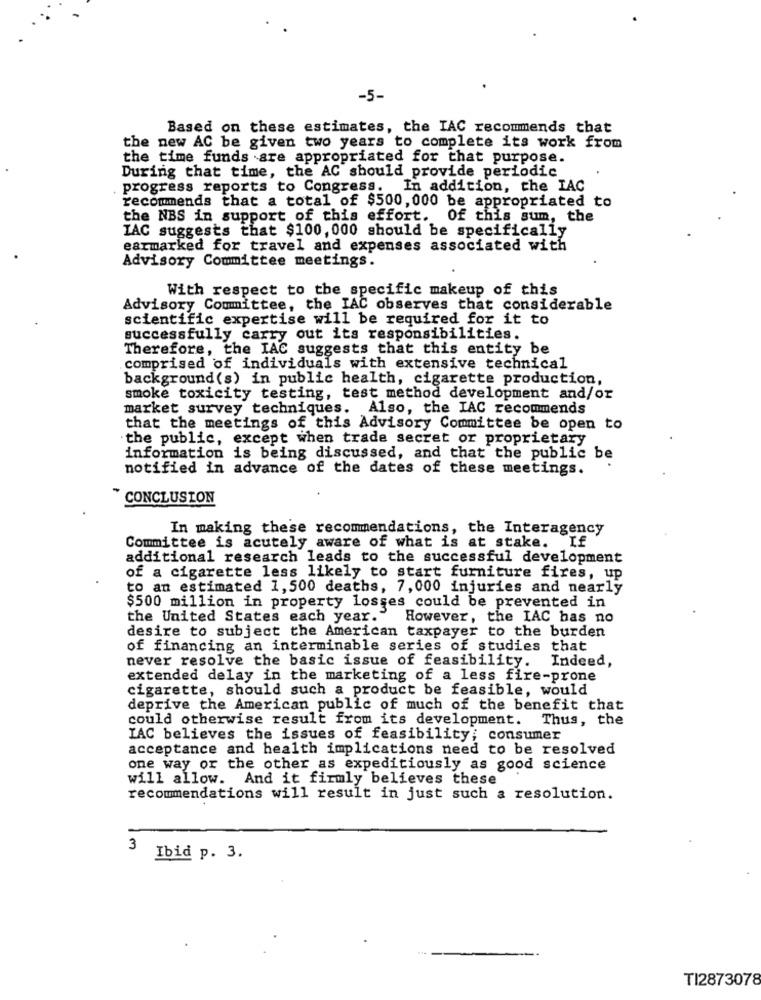
-5-
Based on these estimates, the IAC recommends that
the new AC be given two years to complete its work from
the time funds are appropriated for that purpose.
During that time, the AC should provide periodic
progress reports to Congress. In addition, the IAC
recommends that a total of $500, 000 be appropriated to
the NBS in support of this effort. Of this sum, the
IAC suggests that $100,000 should be specifically
earmarked for travel and expenses associated with
Advisory Committee meetings.
With respect to the specific makeup of this
Advisory Committee, the IAC observes that considerable
scientific expertise will be required for it to
successfully carry out its responsibilities.
Therefore, the IAC suggests that this entity be
comprised of individuals with extensive technical
background (s) in public health, cigarette production,
smoke toxicity testing, test method development and/or
market survey techniques. Also, the IAC recommends
that the meetings of this Advisory Committee be open to
the public, except when trade secret or proprietary
information is being discussed, and that the public be
notified in advance of the dates of these meetings.
* CONCLUSION
In making these recommendations, the Interagency
Committee is acutely aware of what is at stake. If
additional research leads to the successful development
of a cigarette less likely to start furniture fires, up
to an estimated 1,500 deaths, 7,000 injuries and nearly
$500 million in property losses could be prevented in
the United States each year."
However, the IAC has no
desire to subject the American taxpayer to the burden
of financing an interminable series of studies that
never resolve the basic issue of feasibility.
Indeed,
extended delay in the marketing of a less fire-prone
cigarette, should such a product be feasible, would
deprive the American public of much of the benefit that
could otherwise result from its development. Thus, the
IAC believes the issues of feasibility; consumer
acceptance and health implications need to be resolved
one way or the other as expeditiously as good science
will allow. And it firmly believes these
recommendations will result in just such a resolution.
3
Ibid p. 3.
TI2873078